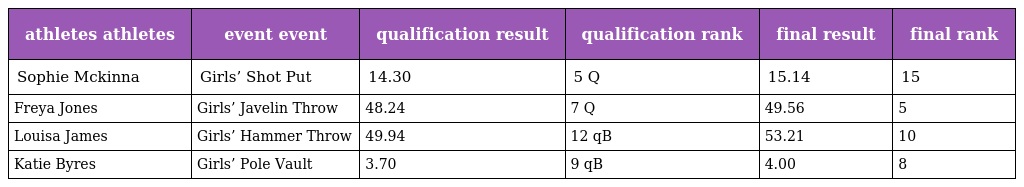
| athletes athletes | event event | qualification result | qualification rank | final result | final rank |
 | --- | --- | --- | --- | --- | --- |
 | Sophie Mckinna | Girls’ Shot Put | 14.30 | 5 Q | 15.14 | 15 |
 | Freya Jones | Girls’ Javelin Throw | 48.24 | 7 Q | 49.56 | 5 |
 | Louisa James | Girls’ Hammer Throw | 49.94 | 12 qB | 53.21 | 10 |
 | Katie Byres | Girls’ Pole Vault | 3.70 | 9 qB | 4.00 | 8 |